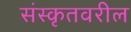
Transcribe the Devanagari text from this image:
संस्कृतवरील